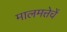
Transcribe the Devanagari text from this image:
मालमत्तेचें